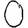
Digit: 0